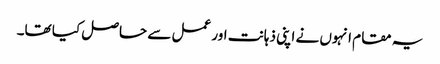
یہ مقام انہوں نے اپنی ذہانت اور عمل سے حاصل کیا تھا۔